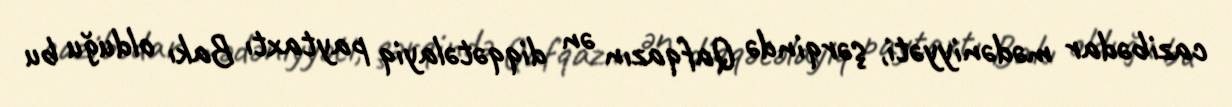
cazibədar mədəniyyəti, şərqində Qafqazın ən diqqətəlayiq paytaxtı Bakı olduğu bu